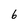
Character: 6